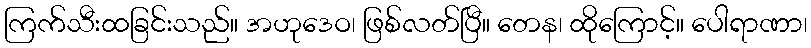
ကြက်သီးထခြင်းသည်။ အဟုဒေဝ၊ ဖြစ်လတ်ပြီ။ တေန၊ ထိုကြောင့်။ ပေါရာဏာ၊